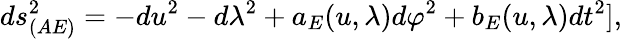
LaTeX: ds_{(AE)}^{2}=-du^{2}-d\lambda^{2}+a_{E}(u,\lambda)d\varphi^{2}+b_{E}(u,\lambda)dt^{2}],